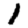
Digit: 1